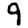
Digit: 9